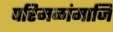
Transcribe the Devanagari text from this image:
परिमळांमाजि